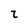
Character: t